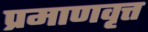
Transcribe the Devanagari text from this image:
प्रमाणवृत्त